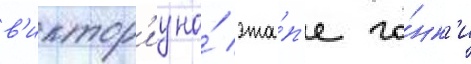
в'иктор'иу на́ эта́п'е го́нк'и